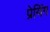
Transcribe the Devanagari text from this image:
प्रेयिंग